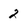
Character: 2